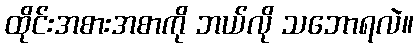
ထိုင်းအစားအစာကို ဘယ်လို သဘောရလဲ။